Some observations on the poison of Russell's viper (Daboia russellii) - Number 3
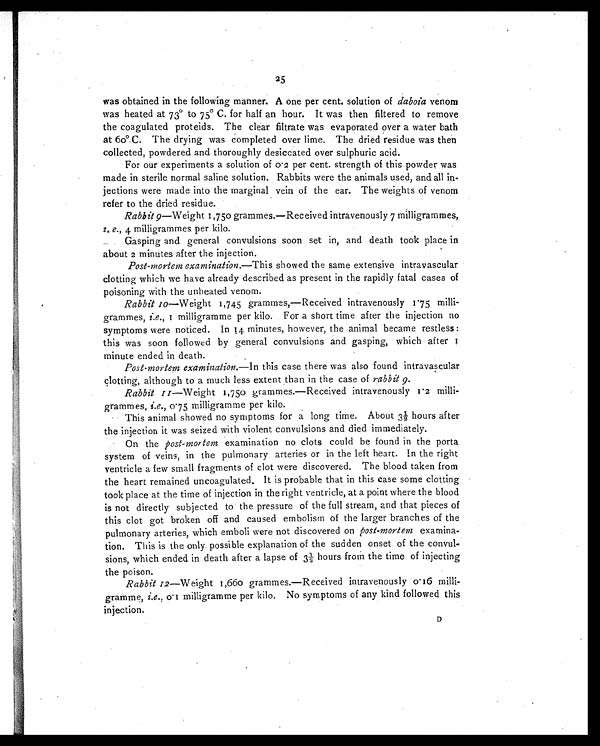
25
was obtained in the following manner. A one per cent. solution of daboia venom
was heated at 73º to 75º C. for half an hour. It was then filtered to remove
the coagulated proteids. The clear filtrate was evaporated over a water bath
at 60º.C. The drying was completed over lime. The dried residue was then
collected, powdered and thoroughly desiccated over sulphuric acid.
For our experiments a solution of 0.2 per cent. strength of this powder was
made in sterile normal saline solution. Rabbits were the animals used, and all in
- j e c t i o n s w e r e m a d e i n t o t h e m a r g i n a l v e i n o f t h e e a r . T h e w e i g h t s o f v e n o m
refer to the dried residue.
Rabbit 9—Weight 1,750 grammes.—Received intravenously 7 milligrammes,
i . e., 4 milligrammes per kilo.
Gasping and general convulsions soon set in, and death took place in
about 2 minutes after the injection.
Post-mortem examination.— This showed the same extensive intravascular
clotting which we have already described as present in the rapidly fatal cases of
poisoning with the unheated venom.
Rabbit 10—Weight 1,745 grammes,—Received intravenously 1.75 milli-
grammes, i.e., 1 milligramme per kilo. For a short time after the injection no
symptoms were noticed. In 14 minutes, however, the animal became restless :
this was soon followed by general convulsions and gasping, which after
1 minute ended in death.
Post-mortem examination.—In this case there was also found intravascular
clotting, although to a much less extent than in the case of rabbit 9.
Rabbit II—Weight 1,750 grammes.—Received intravenously I '2 milli-
grammes, i.e., 0. 75 milligramme per kilo.
This animal showed no symptoms for a long time. About 3½ hours after
the injection it was seized with violent convulsions and died immediately.
On the post-mortem examination no clots could be found in the porta
system of veins, in the pulmonary arteries or in the left heart. In the right
ventricle a few small fragments of clot were discovered. The blood taken from
the heart remained uncoagulated. It is probable that in this case some clotting
took place at the time of injection in the right ventricle, at a point where the blood
is not directly subjected to the pressure of the full stream, and that pieces of
this clot got broken off and caused embolism of the larger branches of the
pulmonary arteries, which emboli were not discovered on post-mortem examina
-tion. This is the only possible explanation of the sudden onset of the convul
-sions, which ended in death after a lapse of 3¹ /³ hours from the time of injecting
the poison.
Rabbit 12—Weight 1,660 grammes.—Received intravenously 0 16
milli-
gramme, i.e ., 0 1 milligramme per kilo. No symptoms of any kind followed this
injection.
D